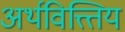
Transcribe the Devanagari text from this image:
अर्थवित्त्तिय